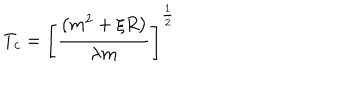
LaTeX: T _ { c } = \left[ \frac { \left( m ^ { 2 } + \xi R \right) } { \lambda m } \right] ^ { \frac 1 2 }